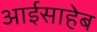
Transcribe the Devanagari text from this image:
आईसाहेब